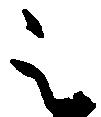
被